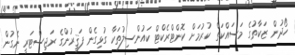
ހޯދުން ޒަކާތުގެ މަސައްކަތް ކުރުމަށް ކޮންޓްރެކްޓް ކައުންސިލުތަކާ ގުޅިގެން ފަޤީރުންގެ ރަޖިސްޓަރީ ނެގުން